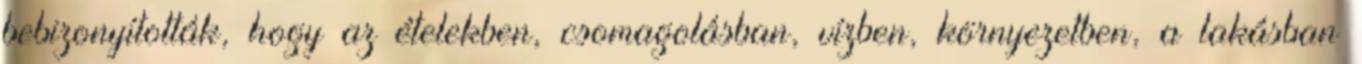
bebizonyították, hogy az ételekben, csomagolásban, vízben, környezetben, a lakásban